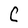
Character: C